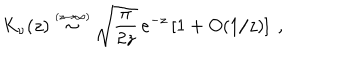
K _ { \nu } ( z ) \stackrel { \scriptscriptstyle ( z \rightarrow \infty ) } { \sim } \sqrt { \frac { \pi } { 2 z } } \, e ^ { - z } \left[ 1 + O ( 1 / z ) \right] \; ,